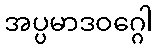
အပ္ပမာဒဝဂ္ဂေါ